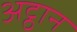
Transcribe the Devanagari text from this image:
अट्ठान